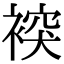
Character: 𧛗